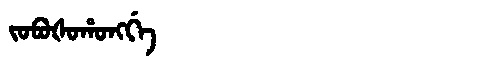
Manchu: ᠵᠣᠪᠣᡧᠣᡥᠣᠩᡤᡝ
Romanization: JOBOŠOHONGGE